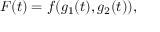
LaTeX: F ( t ) = f ( g _ { 1 } ( t ) , g _ { 2 } ( t ) ) ,